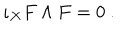
LaTeX: \iota _ { X } F \wedge F = 0 ~ .